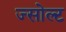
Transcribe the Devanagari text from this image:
ज्सोल्ट